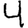
Digit: 4